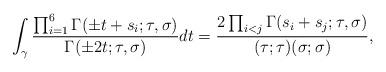
LaTeX: \begin{align*}\int_{\gamma} \frac{\prod_{i = 1}^6 \Gamma(\pm t + s_i; \tau, \sigma)}{\Gamma(\pm 2t; \tau, \sigma)} dt = \frac{2 \prod_{i < j} \Gamma(s_i + s_j; \tau, \sigma)}{(\tau; \tau) (\sigma; \sigma)},\end{align*}